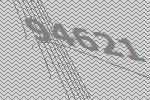
94621